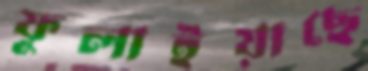
ফুলাইয়াছে